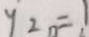
y _ { 2 } = 1